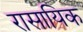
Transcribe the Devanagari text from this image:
रासायिक